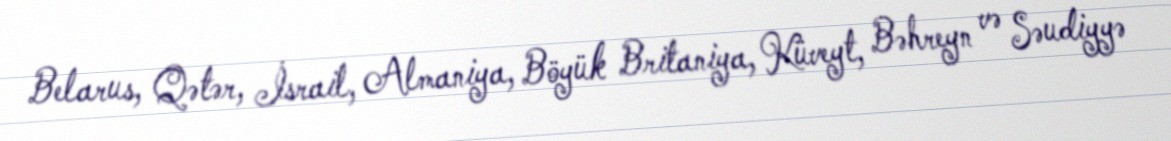
Belarus, Qətər, İsrail, Almaniya, Böyük Britaniya, Küveyt, Bəhreyn və Səudiyyə